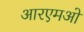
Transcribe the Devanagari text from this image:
आरएमओ